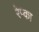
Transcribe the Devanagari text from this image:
रेप्का